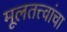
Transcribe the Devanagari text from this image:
मूलतत्त्वांचा